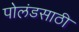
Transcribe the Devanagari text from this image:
पोलंडसाठी